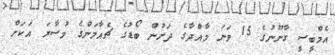
އެމްބީސީ ގާނޫނުގެ 15 ވަނަ މާއްދާގެ ދަށުން ބޯޑުގެ ޗެއާމަންގެ މުސާރަ އަކަށް